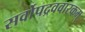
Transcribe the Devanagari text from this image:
सर्वोपद्रववारकम्